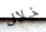
خلال